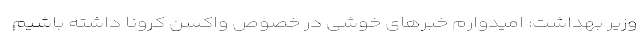
وزیر بهداشت: امیدوارم خبرهای خوشی در خصوص واکسن کرونا داشته باشیم